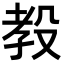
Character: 𪵋